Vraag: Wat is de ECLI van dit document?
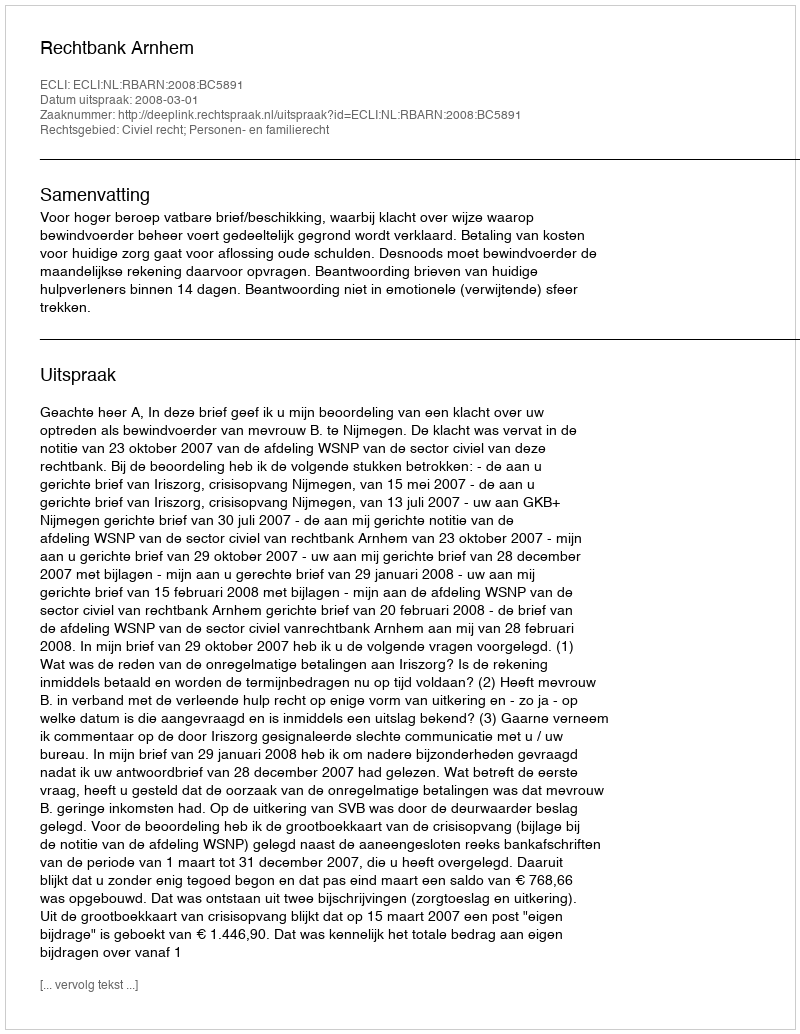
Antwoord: ECLI:NL:RBARN:2008:BC5891